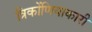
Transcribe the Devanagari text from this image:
त्रिकोंणियाकारी